Leaving Certificate Examination, 1923
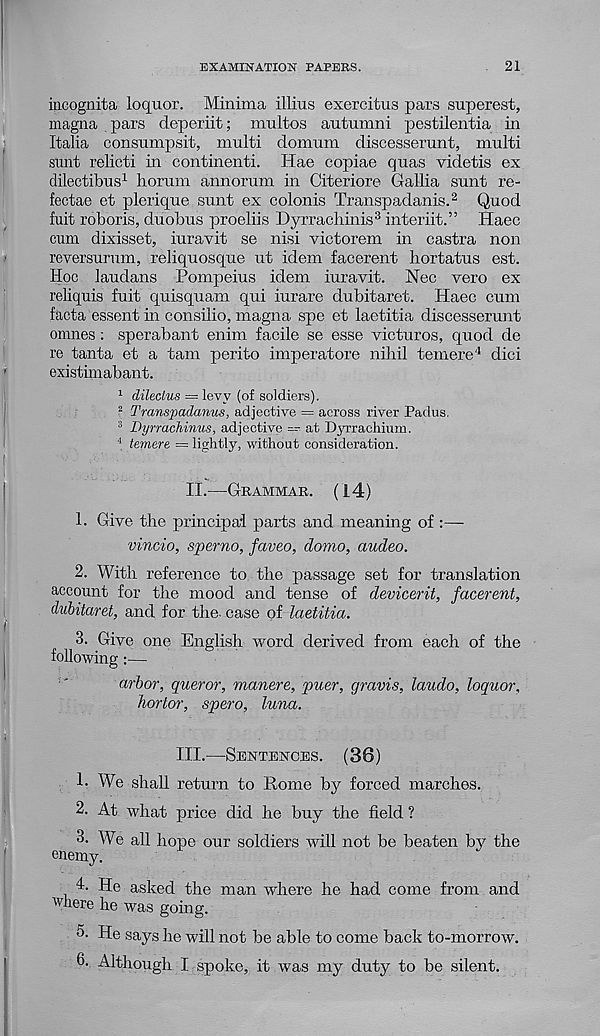
EXAMINATION PAPERS.
21
incognita loquor. Minima illius exercitus pars superest,
magna pars deperiit; multos autumni pestilentia in
Italia consumpsit, multi domum discesserunt, multi
sunt relicti in continenti. Hae copiae quas videtis ex
dilectibus 1 horum annorum in Citeriore Gallia sunt re-
fectae et plerique sunt ex colonis Transpadanis. 2 Quod
fuit roboris, duobus proeliis Dyrrachinis 3 interiit.” Haec
cum dixisset, iuravit se nisi victorem in castra non
reversurum, reliquosque ut idem facerent hortatus est.
Hoc laudans Pompeius idem iuravit. Nec vero ex
reliquis fuit quisquam qui iurare dubitaret. Haec cum
facta essent in consilio, magna spe et laetitia discesserunt
omnes : sperabant enim facile se esse victuros, quod de
re tanta et a tarn peri to imperatore nihil temere 4 dici
existimabant.
1 dileclus = levy (of soldiers).
2 Transpadanus, adjective = across river Padus.
3 Dyrrachinus, adjective — at Dyrrachium.
1 temere = lightly, without consideration.
IL—GRAMMAR. (14)
1. Give the principal parts and meaning of :—•
vincio, sperno, faveo, domo, audeo.
2. With reference to the passage set for translation
account for the mood and tense of devicerit, facerent,
dubitaret, and for the- case of laetitia.
3. Give one English word derived from each of the
following:—■
arbor, queror, manere, puer, gravis, laudo, loquor.
hortor,
spero,
luna.
III.—SENTENCES. (36)
1- We shall return to Rome by forced marches.
2. At what price did he buy the field ?
3. We all hope our soldiers will not be beaten by the
enemy.
1. He asked the man where he had come from and
where he was going.
5. He says he will not be able to come back to-morrow.
6. Although I spoke, it was my duty to be silent.